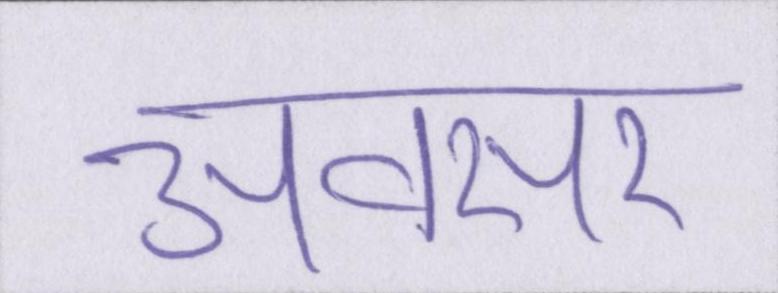
अवसर